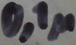
Text: 0,1µ